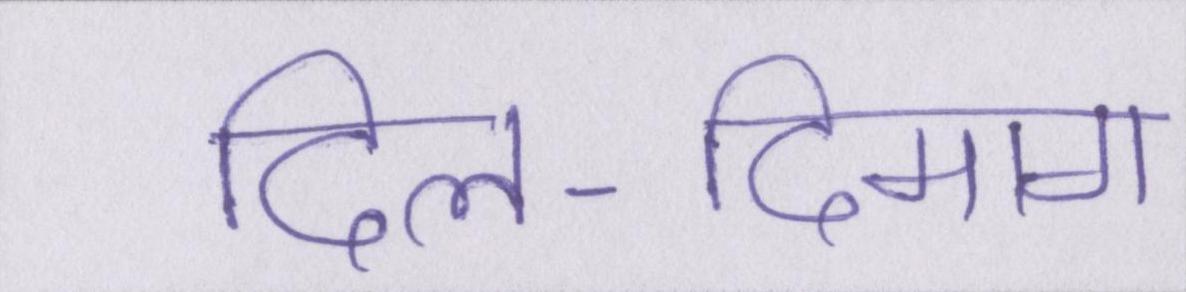
दिल-दिमाग